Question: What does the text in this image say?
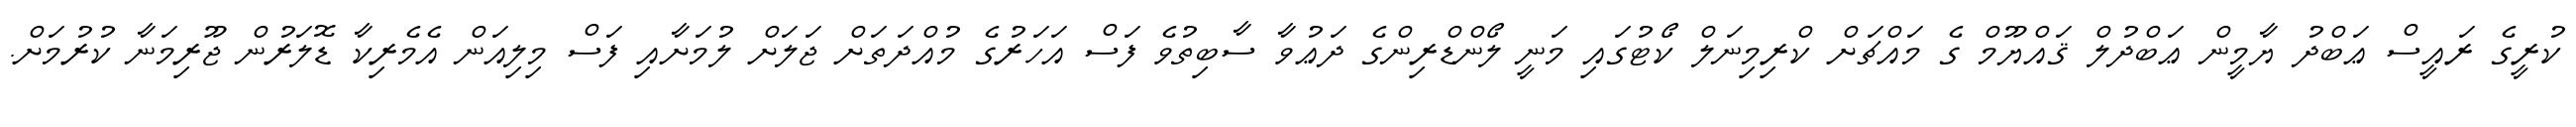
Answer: ކުރީގެ ރައީސް ޢަބްދު ޔާމީން ޢަބްދުލް ޤައްޔޫމް ގެ މައްޗަށް ކްރިމިނަލް ކޯޓުގައި މަނީ ލޯންޑްރިންގެ ދަޢުވާ ސާބިތުވެ ފަސް އަހަރުގެ މުއްދަތަށް ޖަލަށް ލުމަށާއި ފަސް މިލިއަން އެމެރިކާ ޑޮލަރުން ޖޫރިމަނާ ކުރުމަށް.